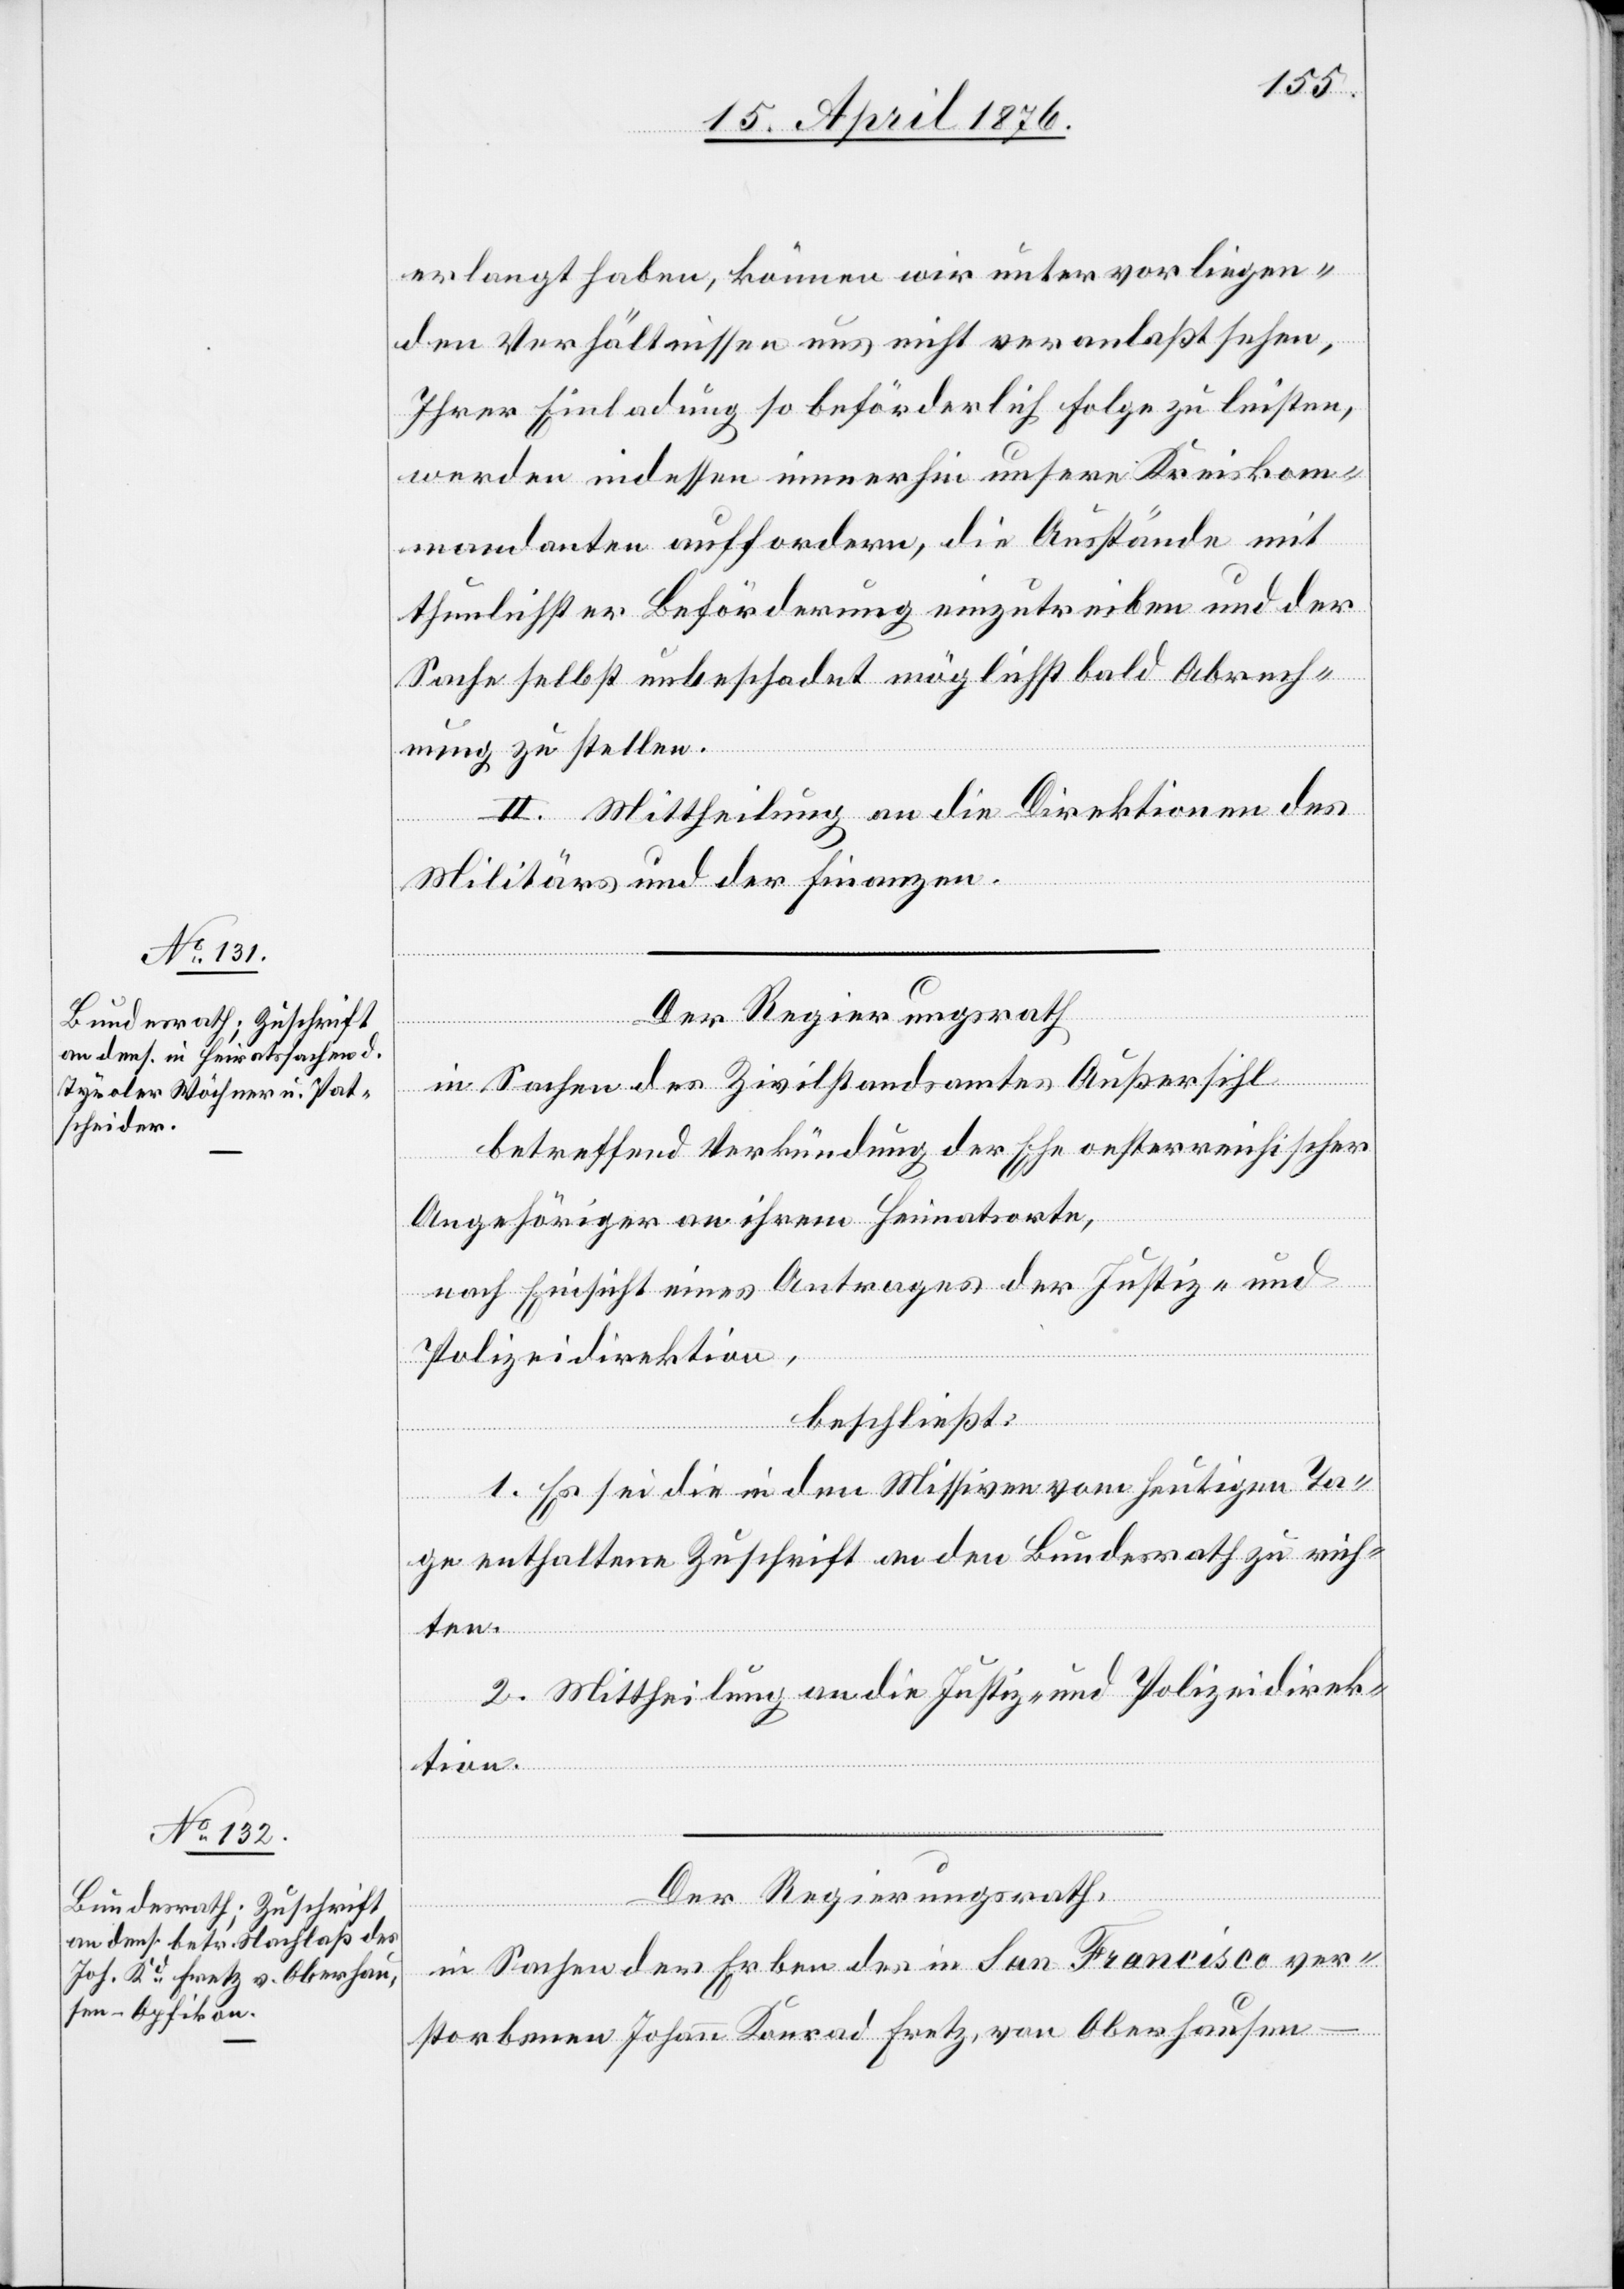
erlangt haben, können wir unter vorliegen¬
den Verhältnissen uns nicht veranlaßt sehen,
Ihrer Einladung so beförderlich Folge zu leisten,
werden indessen immerhin unsere Kreiskom¬
mandanten auffordern, die Ausstände mit
thunlichster Beförderung einzutreiben und der
Sache selbst unbeschadet möglichst bald Abrech¬
nung zu stellen.
II. Mittheilung an die Direktionen des
Militärs und der Finanzen.
Der Regierungsrath
in Sachen des Zivilstandsamtes Außersihl
betreffend Verkündung der Ehe oesterreichischer
Angehöriger an ihrem Heimatsorte,
nach Einsicht eines Antrages der Justiz- und
Polizeidirektion,
beschließt:
1. Es sei die in den Missiven vom heutigen Ta¬
ge erhaltene Zuschrift an den Bundesrath zu rich¬
ten.
2. Mittheilung an die Justiz- und Polizeidirek¬
tion.
Der Regierungsrath,
in Sachen der Erben des in San Francisco ver¬
storbenen Johann Konrad Fretz, von Oberhausen